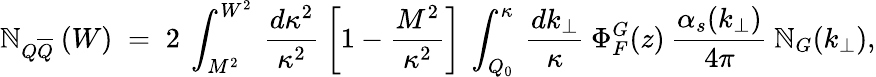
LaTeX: \mathbb{N}_{Q\overline{{{{Q}}}}}\: (W)\; =\; 2\: \int_{M^{2}}^{W^{2}}\: \frac{{d\kappa^{2}}}{{\kappa^{2}}}\: \left[1-\frac{{M^{2}}}{{\kappa^{2}}}\right]\: \int_{Q_{0}}^{\kappa}\: \frac{{dk_{\perp}}}{{\kappa}}\: \Phi_{F}^{G}(z)\: \frac{{\alpha_{s}(k_{\perp})}}{{4\pi}}\: \mathbb{N}_{G}(k_{\perp}),